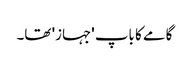
گامے کا باپ 'جہاز' تھا۔